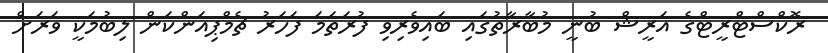
ރޮކްސްޓްރީޓްގެ އަރީޝް ބުނީ މުބާރާތުގައި ބައިވެރިވި ފުރަތަމަ ފަހަރު ޗެމްޕިއަންކަން ލިބުމަކީ ވަރަށް